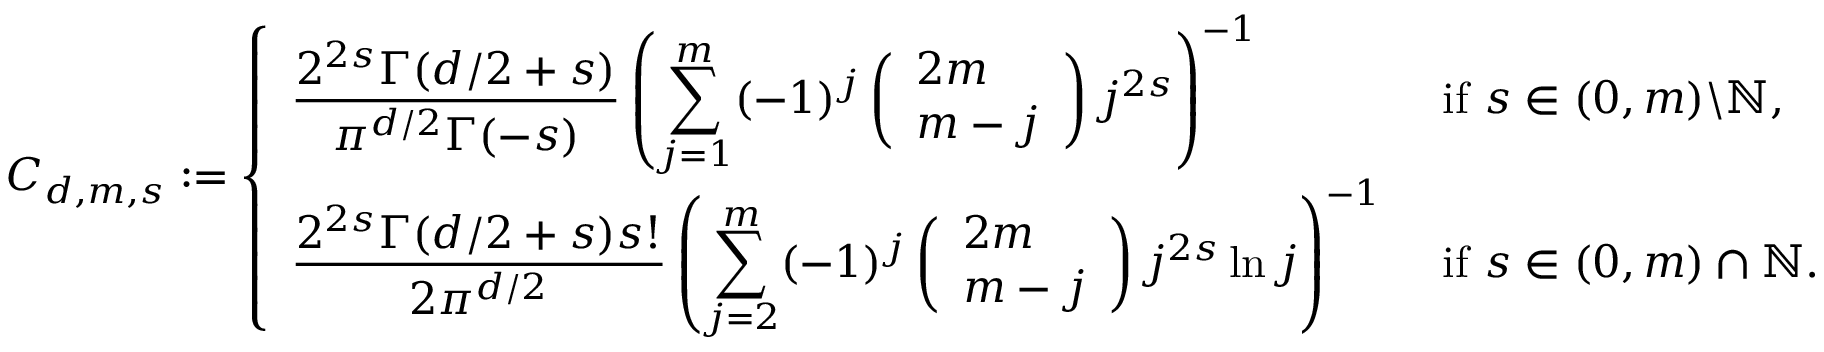
\begin{array} { r } { C _ { d , m , s } : = \left\{ \begin{array} { l l } { \displaystyle \frac { 2 ^ { 2 s } \Gamma ( d / 2 + s ) } { \pi ^ { d / 2 } \Gamma ( - s ) } \left( \sum _ { j = 1 } ^ { m } ( - 1 ) ^ { j } \left( \begin{array} { l } { 2 m } \\ { m - j } \end{array} \right) j ^ { 2 s } \right) ^ { - 1 } } & { \mathrm { ~ i f ~ } s \in ( 0 , m ) \backslash \mathbb { N } , } \\ { \displaystyle \frac { 2 ^ { 2 s } \Gamma ( d / 2 + s ) s ! } { 2 \pi ^ { d / 2 } } \left( \sum _ { j = 2 } ^ { m } ( - 1 ) ^ { j } \left( \begin{array} { l } { 2 m } \\ { m - j } \end{array} \right) j ^ { 2 s } \ln j \right) ^ { - 1 } } & { \mathrm { ~ i f ~ } s \in ( 0 , m ) \cap \mathbb { N } . } \end{array} \right. } \end{array}